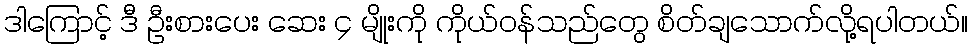
ဒါကြောင့် ဒီ ဦးစားပေး ဆေး ၄ မျိုးကို ကိုယ်ဝန်သည်တွေ စိတ်ချသောက်လို့ရပါတယ်။